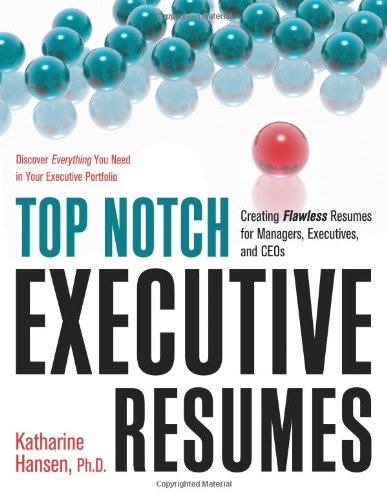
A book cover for Top Notch Executive Resumes: Creating Flawless Resumes for Managers, Executives, and CEOs; Katharine Hansen; Business & Money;